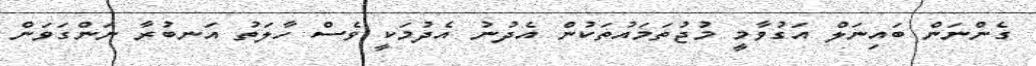
ގެންނަން ބައިނަލް އަގުވާމީ މުޖުތަމައުތަކުން އެދުނު އެދުމަކީ ވެސް ހާލަތު އަނބުރާ ނަންގަވަން